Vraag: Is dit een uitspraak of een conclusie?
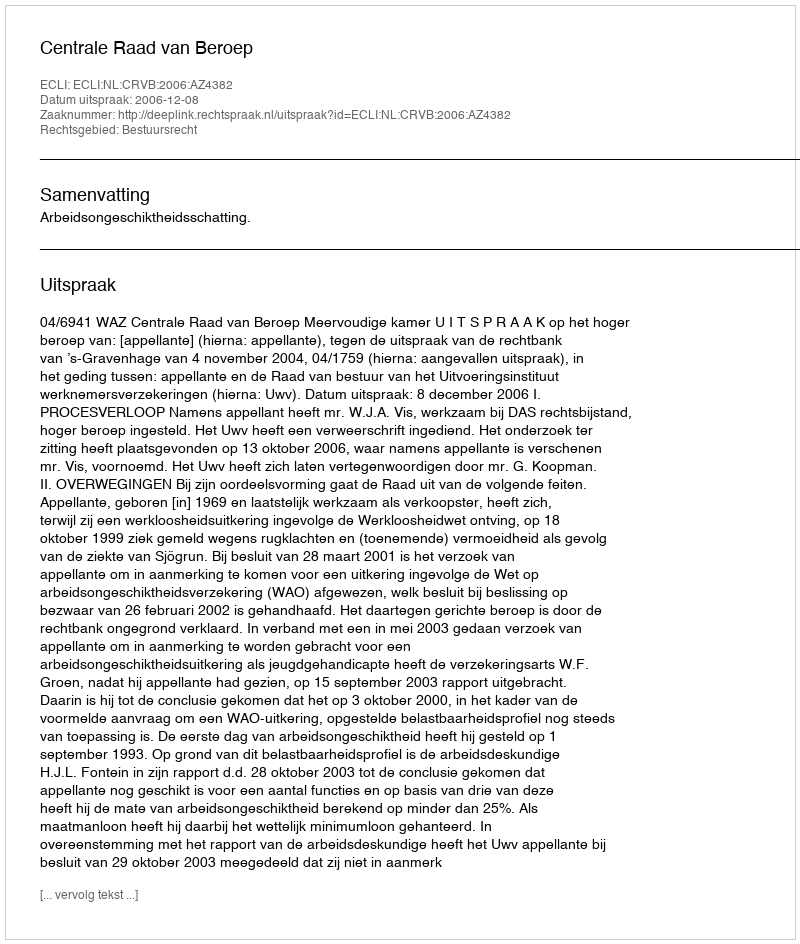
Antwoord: Uitspraak